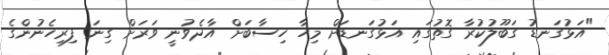
"އަޅުގަނޑު ގަބޫލުކުރާ ގޮތުގައި އަޅުގަނޑަށް މިހާ ހިސާބަށް އާދެވުނީ ވަރަށް ގިނަ ފިރިހެނުންގެ